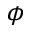
\phi